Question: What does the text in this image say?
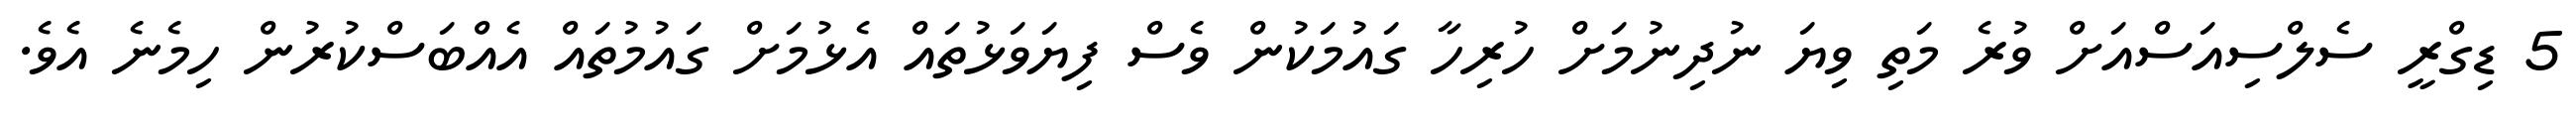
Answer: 5 ޑިގްރީ ސެލްސިއަސްއަށް ވުރެ މަތި ވިޔަ ނުދިނުމަށް ހުރިހާ ގައުމަކުން ވެސް ފިޔަވަޅުތައް އެޅުމަށް ގައުމުތައް އެއްބަސްކުރުން ހިމެނެ އެވެ.